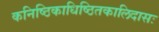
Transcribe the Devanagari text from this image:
कनिष्ठिकाधिष्ठितकालिदासः